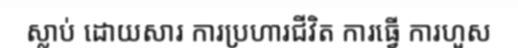
ស្លាប់ ដោយសារ ការប្រហារជីវិត ការធ្វើ ការហួស